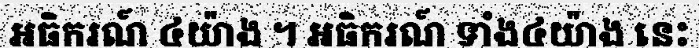
អធិករណ៍ ៤យ៉ាង ។ អធិករណ៍ ទាំង៤យ៉ាង នេះ